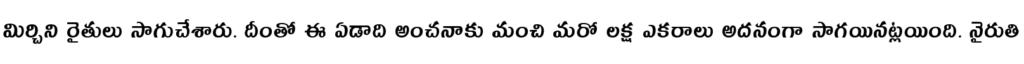
మిర్చిని రైతులు సాగుచేశారు. దీంతో ఈ ఏడాది అంచనాకు మంచి మరో లక్ష ఎకరాలు అదనంగా సాగయినట్లయింది. నైరుతి